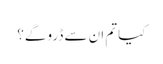
کیا تم ان سے ڈرو گے؟